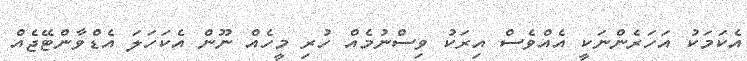
އެކަމަކު އަހަރެންނަކީ އެއްވެސް އިރަކު ވިސްނުމެއް ހުރި މީހެއް ނޫން އެކަހަލަ އެޑްވާންޓޭޖެއް